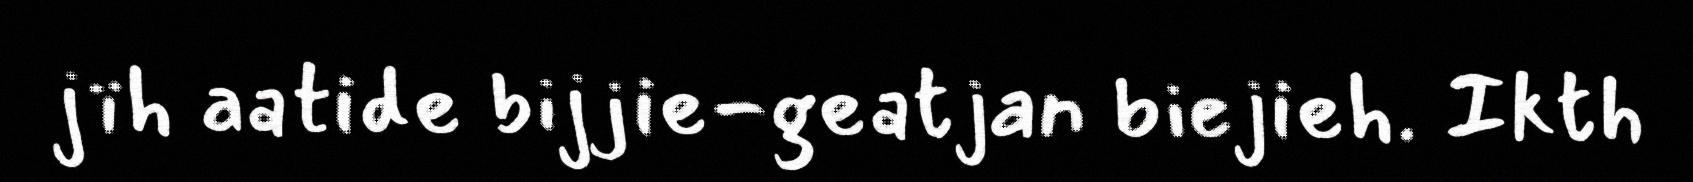
jïh aatide bijjie-geatjan biejieh. Ikth